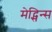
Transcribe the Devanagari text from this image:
मेद्सिन्स